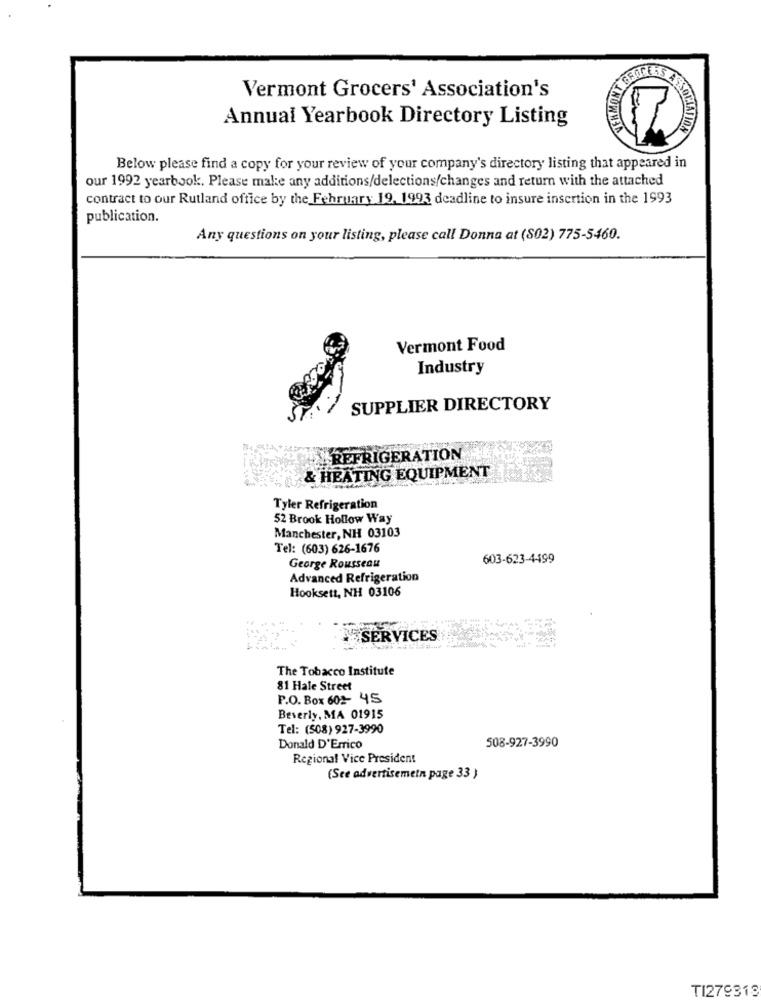
Vermont Grocers' Association's
Annual Yearbook Directory Listing
SSOCIATION
Below please find a copy for your review of your company's directory listing that appeared in
our 1992 yearbook. Please make any additions/delections/changes and return with the attached
contract to our Rutland office by the February 19. 1993 deadline to insure insertion in the 1993
publication.
Any questions on your listing, please call Donna at (S02) 775-5460.
Vermont Food
Industry
SUPPLIER DIRECTORY
REFRIGERATION
& HEATING EQUIPMENT
Tyler Refrigeration
52 Brook Hollow Way
Manchester, NH 03103
Tel: (603) 626-1676
603-623-4499
George Rousseau
Advanced Refrigeration
Hooksett, NH 03106
MSERVICES
The Tobacco Institute
81 Hale Street
P.O. Box 602 45
Beverly, MA 01915
Tel: (508) 927-3990
508-927-3990
Donald D'Errico
Regional Vice President
(See advertisemetn page 33 )
TI279318